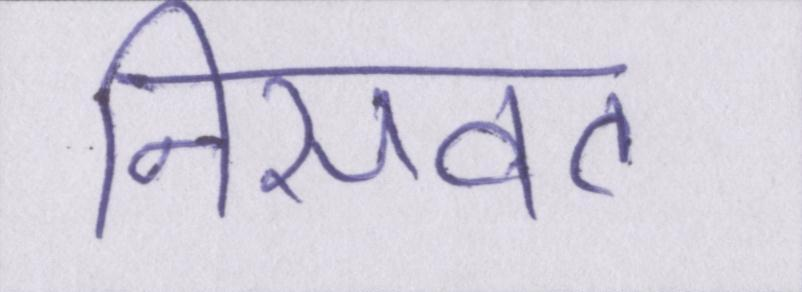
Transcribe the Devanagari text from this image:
निसवत